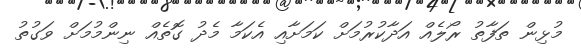
މުޅިން ތަފާތު ރޯލެއް އަދާކުރުމަށް ކަމަށާއި އެކަމާ މެދު ގޮތެއް ނިންމުމަށް ވަގުތު